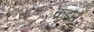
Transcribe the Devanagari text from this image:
कडार